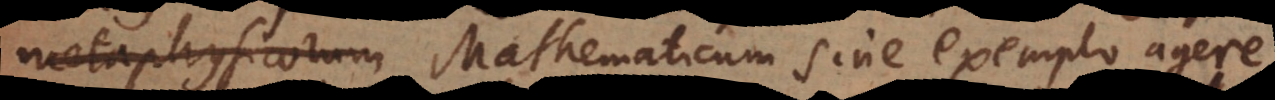
regione Mathematicum sine exemplo agere